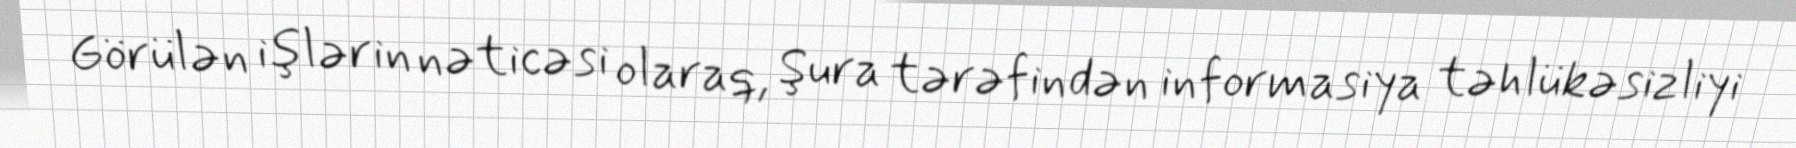
Görülən işlərin nəticəsi olaraq, Şura tərəfindən informasiya təhlükəsizliyi